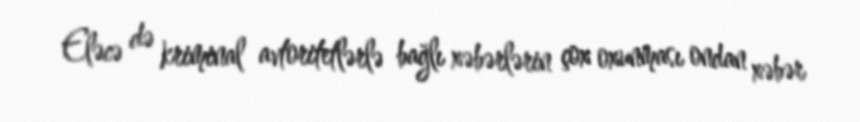
Eləcə də kriminal avtoritetlərlə bağlı xəbərlərin çox oxunması ondan xəbər